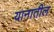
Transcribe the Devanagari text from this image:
यानातील